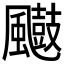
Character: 𮨲